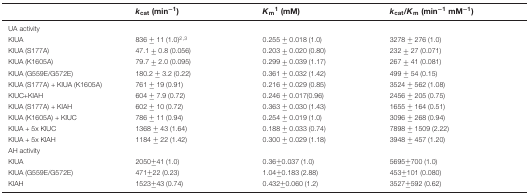
|  | kcat (min−1) | Km1 (mM) | kcat/Km (min−1 mM−1) |
 | --- | --- | --- | --- |
 | UA activity |  |  |  |
 | KlUA | 836 ± 11 (1.0)2,3 | 0.255 ± 0.018 (1.0) | 3278 ± 276 (1.0) |
 | KlUA (S177A) | 47.1 ± 0.8 (0.056) | 0.203 ± 0.020 (0.80) | 232 ± 27 (0.071) |
 | KlUA (K1605A) | 79.7 ± 2.0 (0.095) | 0.299 ± 0.039 (1.17) | 267 ± 41 (0.081) |
 | KlUA (G559E/G572E) | 180.2 ± 3.2 (0.22) | 0.361 ± 0.032 (1.42) | 499 ± 54 (0.15) |
 | KlUA (S177A) + KlUA (K1605A) | 761 ± 19 (0.91) | 0.216 ± 0.029 (0.85) | 3524 ± 562 (1.08) |
 | KlUC+KlAH | 604 ± 7.9 (0.72) | 0.246 ± 0.017(0.96) | 2456 ± 205 (0.75) |
 | KlUA (S177A) + KlAH | 602 ± 10 (0.72) | 0.363 ± 0.030 (1.43) | 1655 ± 164 (0.51) |
 | KlUA (K1605A) + KlUC | 786 ± 11 (0.94) | 0.254 ± 0.019 (1.0) | 3096 ± 268 (0.94) |
 | KlUA + 5x KlUC | 1368 ± 43 (1.64) | 0.188 ± 0.033 (0.74) | 7898 ± 1509 (2.22) |
 | KlUA + 5x KlAH | 1184 ± 22 (1.42) | 0.300 ± 0.029 (1.18) | 3948 ± 457 (1.20) |
 | AH activity |  |  |  |
 | KlUA | 2050±41 (1.0) | 0.36±0.037 (1.0) | 5695±700 (1.0) |
 | KlUA (G559E/G572E) | 471±22 (0.23) | 1.04±0.183 (2.88) | 453±101 (0.080) |
 | KlAH | 1523±43 (0.74) | 0.432±0.060 (1.2) | 3527±592 (0.62) |